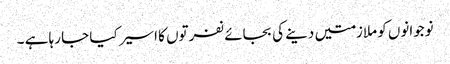
نوجوانوں کو ملازمتیں دینے کی بجائے نفرتوں کا اسیر کیا جا رہا ہے ۔